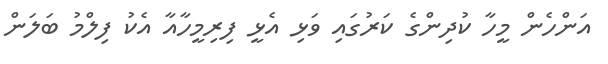
އަންހެން މީހާ ކުދިންގެ ކަރުގައި ވަޅި އެޅީ ފިރިމީހާއާ އެކު ފިލްމު ބަލަން